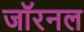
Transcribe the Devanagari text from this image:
जॉरनल